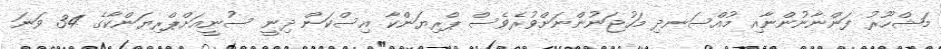
މަޝްހޫރު ފަންނާނުންނާއި މުއްސަނދި މަހުޖަނުންނަށްވުރެވެސް ޕްރިޔަންކާ އިސްކަން ދިނީ ސުނީއަށްޕްރިޔަންކާގެ 34 ވަނަ